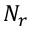
N _ { r }